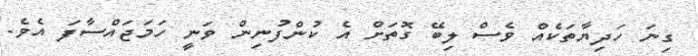
ގިނަ ހަދިޔާތަކެއް ވެސް ލިބޭ ގޮތަށް އެ ކުންފުނިން ވަނީ ހަމަޖައްސާފަ އެވެ.